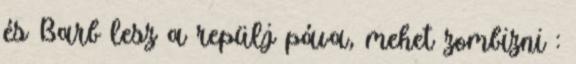
és Barb lesz a repülj páva, mehet zombizni :